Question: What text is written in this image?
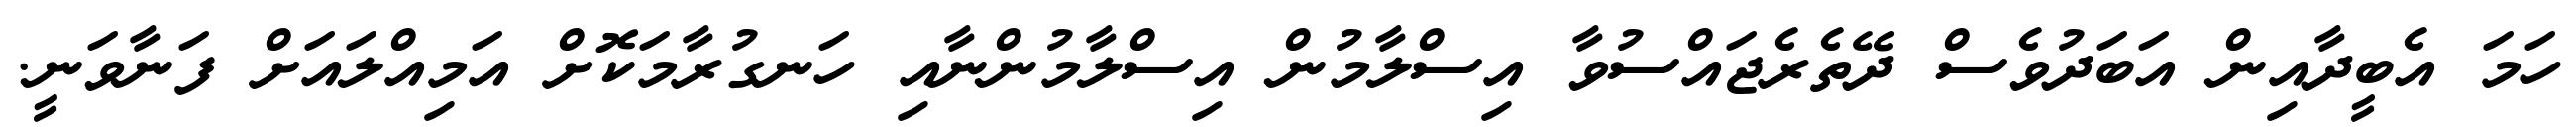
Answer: ހަމަ އެބީދާއިން އަބަދުވެސް ދޭތެރެޖައްސުވާ އިސްލާމުން އިސްލާމުންނާއި ހަނގުރާމަކޮށް އަމިއްލައަށް ފަނާވަނީ.